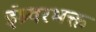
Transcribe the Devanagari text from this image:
ईश्र्वरभक्त